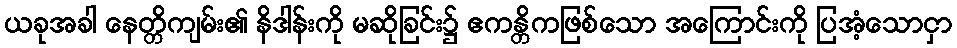
ယခုအခါ နေတ္တိကျမ်း၏ နိဒါန်းကို မဆိုခြင်း၌ ဧကန္တိကဖြစ်သော အကြောင်းကို ပြအံ့သောငှာ